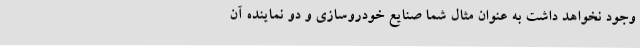
وجود نخواهد داشت به عنوان مثال شما صنایع خودروسازی و دو نماینده آن